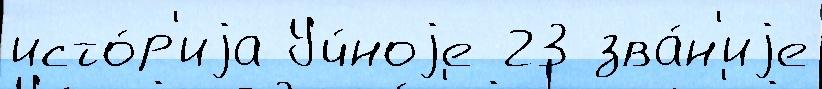
исто́р'иjа Уч́ноjе 23 зва́н'иjе